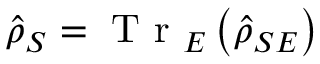
\hat { \rho } _ { S } = \textrm { T r } _ { E } \left( \hat { \rho } _ { S E } \right)